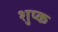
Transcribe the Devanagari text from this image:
शुप्क